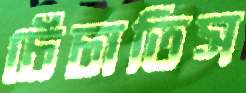
চেঁচাতিস